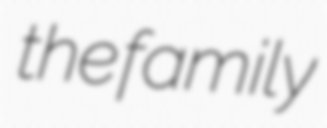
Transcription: the family